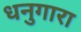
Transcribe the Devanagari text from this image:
धनुगारा